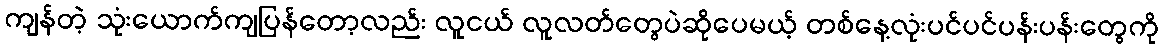
ကျန်တဲ့ သုံးယောက်ကျပြန်တော့လည်း လူငယ် လူလတ်တွေပဲဆိုပေမယ့် တစ်နေ့လုံးပင်ပင်ပန်းပန်းတွေကို